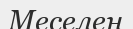
Меселен